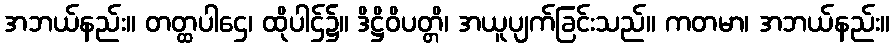
အဘယ်နည်း။ တတ္ထပါဌေ၊ ထိုပါဌ်၌။ ဒိဋ္ဌိဝိပတ္တိ၊ အယူပျက်ခြင်းသည်။ ကတမာ၊ အဘယ်နည်း။